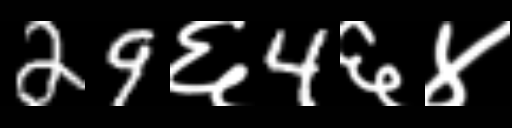
Text: 29६4६४